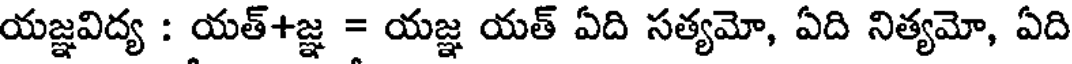
యజ్ఞవిద్య : యత్+జ్ఞ = యజ్ఞ యత్ ఏది సత్యమో, ఏది నిత్యమో, ఏది